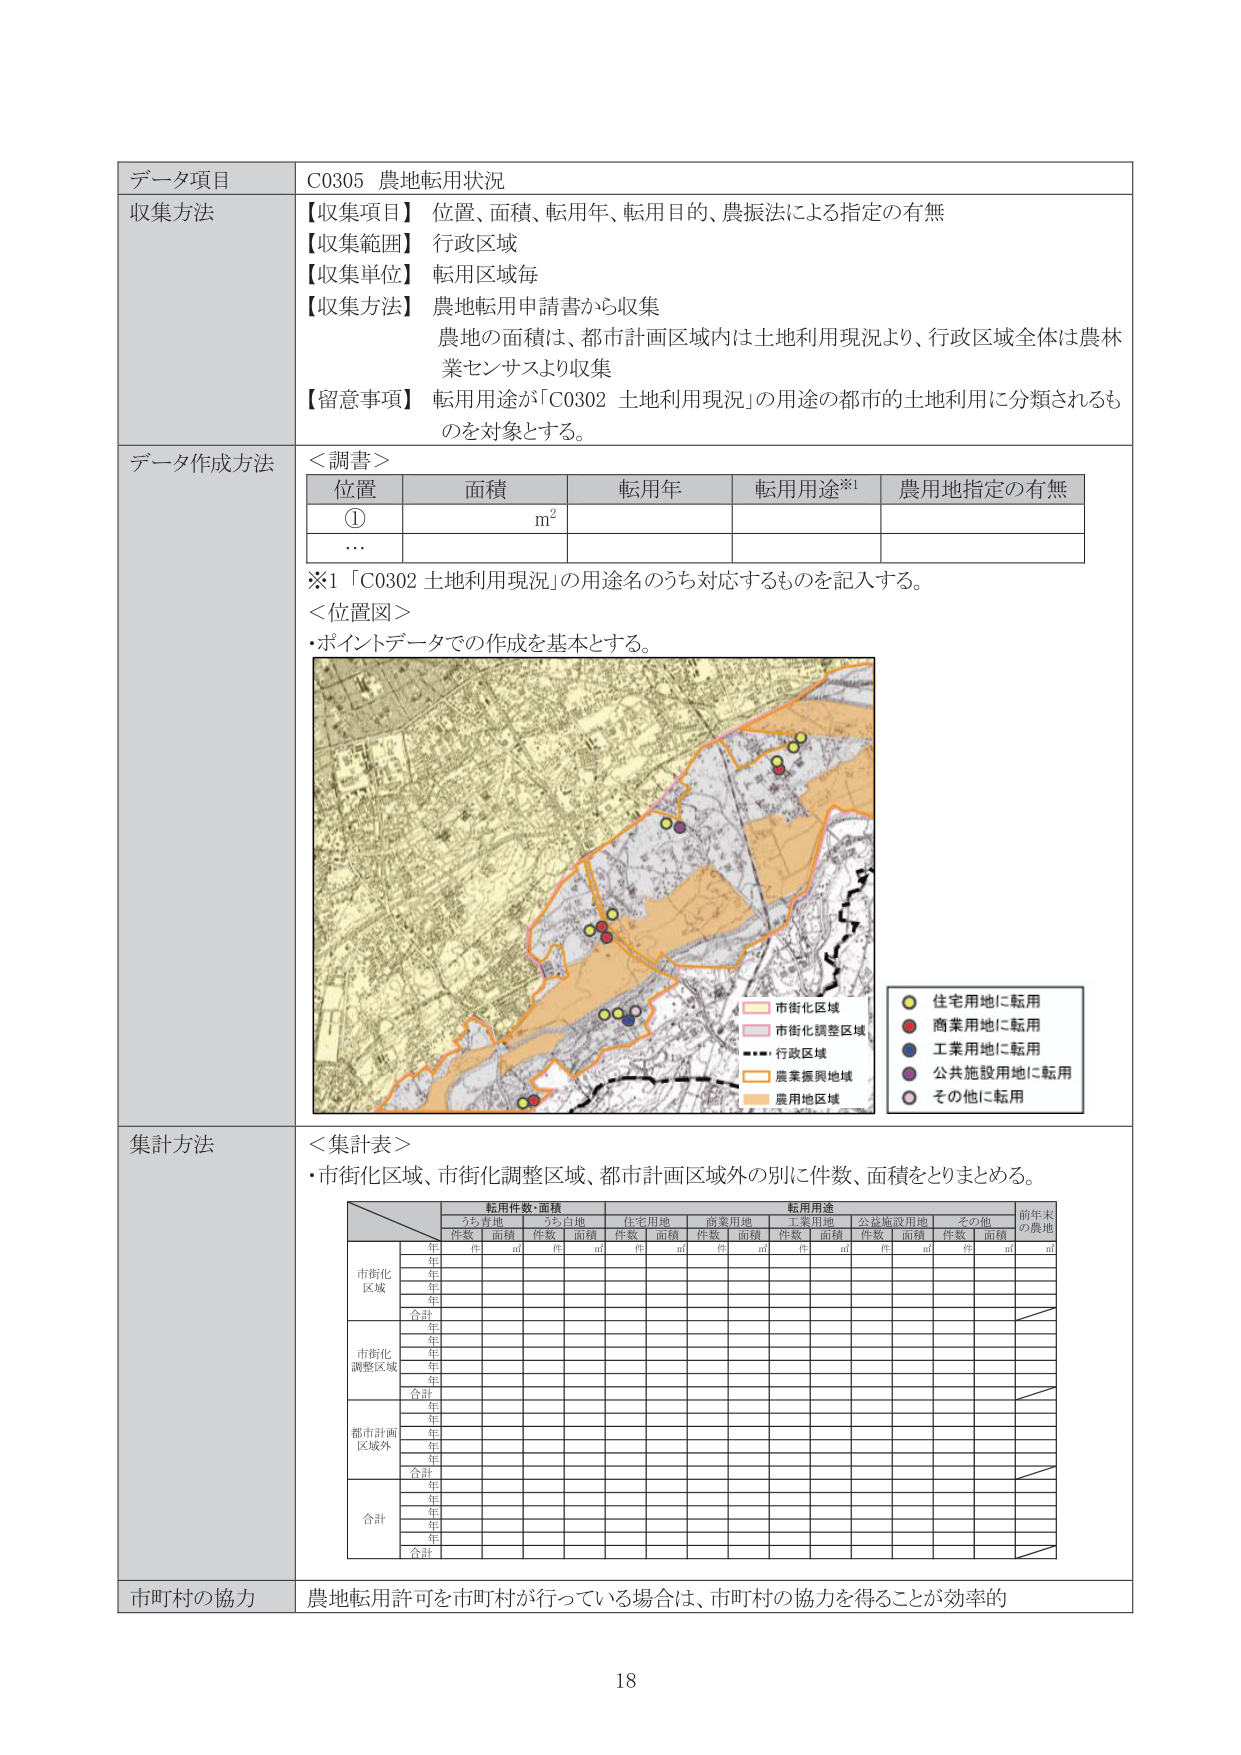
データ項目　C0305 農地転用状況
収集方法
【収集項目】 位置、面積、転用年、転用目的、農振法による指定の有無
【収集範囲】 行政区域
【収集単位】 転用区域毎
【収集方法】 農地転用申請書から収集
農地の面積は、都市計画区域内は土地利用現況より、行政区域全体は農林業センサスより収集
【留意事項】 転用用途が「C0302 土地利用現況」の用途の都市的土地利用に分類されるものを対象とする。

データ作成方法
＜調書＞
位置　面積　転用年　転用用途※1　農用地指定の有無
①　　　　　　m²
…

※1 「C0302 土地利用現況」の用途名のうち対応するものを記入する。
＜位置図＞
・ポイントデータでの作成を基本とする。

（図：地図）
凡例：
市街化区域　（淡ピンク）
市街化調整区域　（薄ピンク）
行政区域　（破線）
農業振興地域　（オレンジ）
農用地区域　（黄色）

● 住宅用地に転用
● 商業用地に転用
● 工業用地に転用
● 公共施設用地に転用
● その他に転用

集計方法
＜集計表＞
・市街化区域、市街化調整区域、都市計画区域外の別に件数、面積をとりまとめる。

（表：集計表）
転用件数・面積　転用用途　前年末の農地
　　　　　　　　うち青地　うち白地　住宅用地　商業用地　工業用地　公共施設用地　その他
　　　　　　　　件数　面積　件数　面積　件数　面積　件数　面積　件数　面積　件数　面積　件数　面積
市街化区域　年　　件　㎡　件　㎡　件　㎡　件　㎡　件　㎡　件　㎡　件　㎡
　　　　　　年
　　　　　　年
　　　　　　年
　　　　　　合計
市街化調整区域　年
　　　　　　年
　　　　　　年
　　　　　　年
　　　　　　合計
都市計画区域外　年
　　　　　　年
　　　　　　年
　　　　　　年
　　　　　　合計
合計　年
　　　　年
　　　　年
　　　　年
　　　　合計

市町村の協力　農地転用許可を市町村が行っている場合は、市町村の協力を得ることが効率的

18